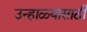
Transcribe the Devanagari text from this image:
उन्हाळ्यासाठी